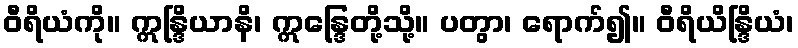
ဝီရိယံကို။ ဣန္ဒြိယာနိ၊ ဣန္ဒြေတို့သို့။ ပတွာ၊ ရောက်၍။ ဝီရိယိန္ဒြိယံ၊